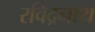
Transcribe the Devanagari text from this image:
रविद्रनाथ